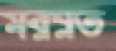
মরম্নত